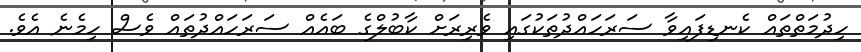
ހިދުމަތްތައް ކެނޑިފައިވާ ސަރަހައްދުތަކުގައި ވެރިރަށް ކާބުލްގެ ބައެއް ސަރަހައްދުތައް ވެސް ހިމެނެ އެވެ.